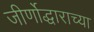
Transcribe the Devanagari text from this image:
जीर्णोद्धाराच्या